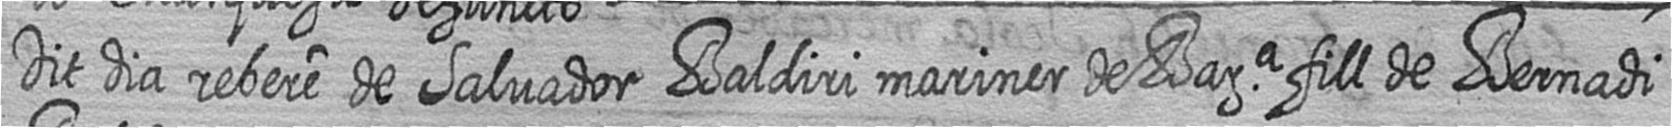
Dit dia rebere de Salvador Baldiri mariner de Bara fill de Bernadi